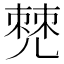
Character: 𠒧